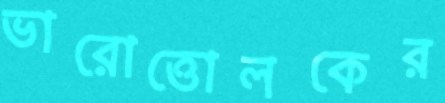
ভারোত্তোলকের